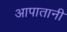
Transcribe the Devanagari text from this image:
आपातानी